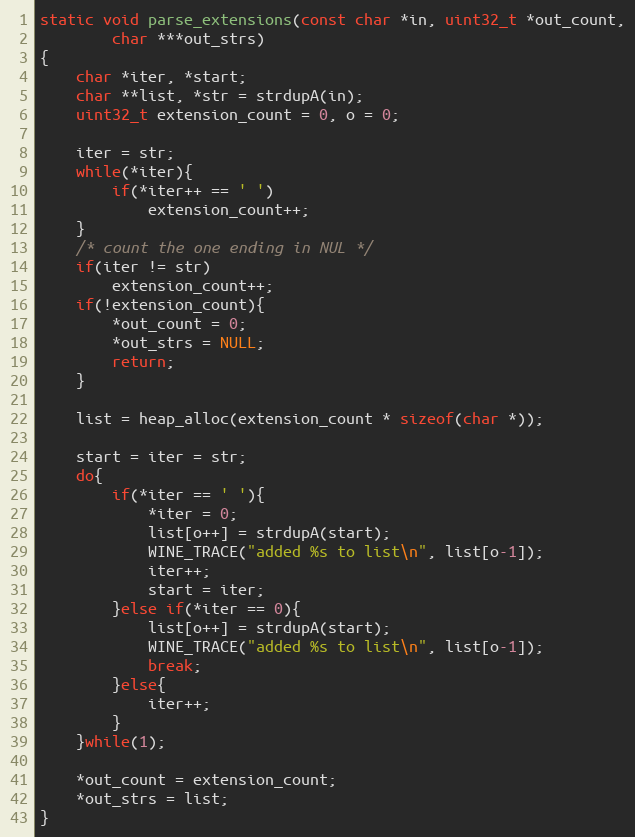
Language: C
static void parse_extensions(const char *in, uint32_t *out_count,
        char ***out_strs)
{
    char *iter, *start;
    char **list, *str = strdupA(in);
    uint32_t extension_count = 0, o = 0;

    iter = str;
    while(*iter){
        if(*iter++ == ' ')
            extension_count++;
    }
    /* count the one ending in NUL */
    if(iter != str)
        extension_count++;
    if(!extension_count){
        *out_count = 0;
        *out_strs = NULL;
        return;
    }

    list = heap_alloc(extension_count * sizeof(char *));

    start = iter = str;
    do{
        if(*iter == ' '){
            *iter = 0;
            list[o++] = strdupA(start);
            WINE_TRACE("added %s to list\n", list[o-1]);
            iter++;
            start = iter;
        }else if(*iter == 0){
            list[o++] = strdupA(start);
            WINE_TRACE("added %s to list\n", list[o-1]);
            break;
        }else{
            iter++;
        }
    }while(1);

    *out_count = extension_count;
    *out_strs = list;
}